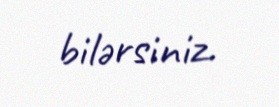
bilərsiniz.